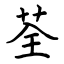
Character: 荃